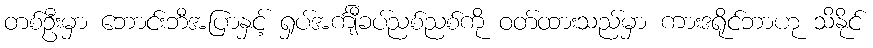
တစ်ဦးမှာ ဘောင်းဘီအပြာနှင့် ရှပ်အင်္ကျီခပ်ညစ်ညစ်ကို ဝတ်ထားသည်မှာ ကားဒရိုင်ဘာဟု သိနိုင်